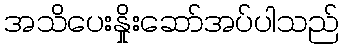
အသိပေးနှိုးဆော်အပ်ပါသည်